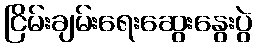
ငြိမ်းချမ်းရေးဆွေးနွေးပွဲ